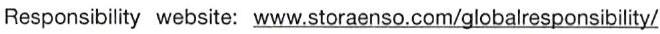
Responsibilitywebsite:www.storaenso.com/globalresponsibility/